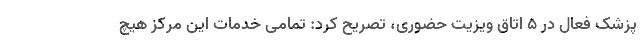
پزشک فعال در ۵ اتاق ویزیت حضوری، تصریح کرد: تمامی خدمات این مرکز هیچ